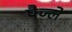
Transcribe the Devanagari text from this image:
पैज्ले